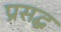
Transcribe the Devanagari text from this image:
प्रसद्ध